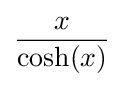
{\frac {x}{{\text{cosh}}(x)}}